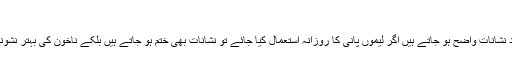
ناخن کے نشانات
اکثر ناخون پر سفید نشانات واضح ہو جاتے ہیں اگر لیموں پانی کا روزانہ استعمال کیا جائے تو نشانات بھی ختم ہو جاتے ہیں بلکے ناخون کی بہتر نشونما بھی ہوتی ہےؤ۔